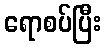
ရောစပ်ပြီး